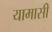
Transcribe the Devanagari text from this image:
यामासी